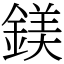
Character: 鎂